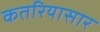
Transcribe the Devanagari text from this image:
कतरियासार